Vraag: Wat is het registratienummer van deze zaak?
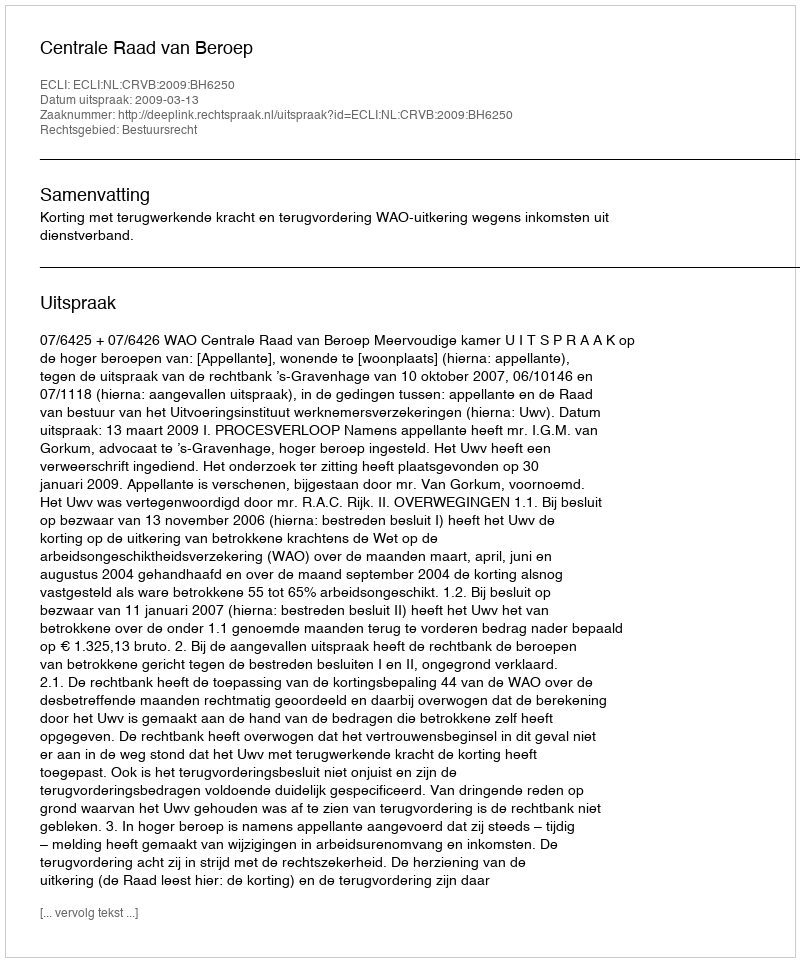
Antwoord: http://deeplink.rechtspraak.nl/uitspraak?id=ECLI:NL:CRVB:2009:BH6250